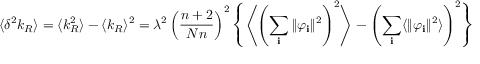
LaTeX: \langle \delta ^ { 2 } k _ { R } \rangle = \langle k _ { R } ^ { 2 } \rangle - \langle k _ { R } \rangle ^ { 2 } = \lambda ^ { 2 } \left( \frac { n + 2 } { N n } \right) ^ { 2 } \left\{ \left\langle \left( \sum _ { \bf i } \Vert \varphi _ { \bf i } \Vert ^ { 2 } \right) ^ { 2 } \right\rangle - \left( \sum _ { \bf i } \langle \Vert \varphi _ { \bf i } \Vert ^ { 2 } \rangle \right) ^ { 2 } \right\}